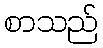
စာသည်